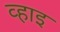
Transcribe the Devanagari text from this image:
व्हाइ